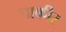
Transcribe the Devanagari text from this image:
चाकीर